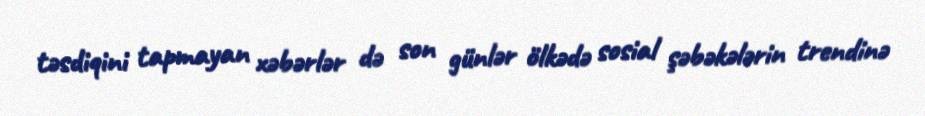
təsdiqini tapmayan xəbərlər də son günlər ölkədə sosial şəbəkələrin trendinə